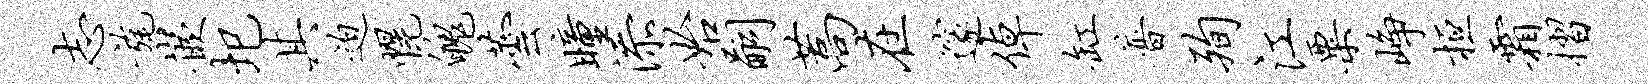
志旄嵌圯其迫幌魄芸瞳添始嗣蒿在邃倬缸普殉江粟峥桓霜摺